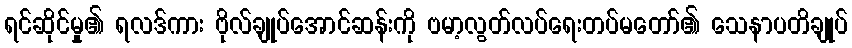
ရင်ဆိုင်မှု၏ ရလဒ်ကား ဗိုလ်ချုပ်အောင်ဆန်းကို ဗမာ့လွတ်လပ်ရေးတပ်မတော်၏ သေနာပတိချုပ်